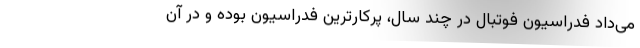
می‌داد فدراسیون فوتبال در چند سال، پُرکارترین فدراسیون بوده و در آن